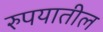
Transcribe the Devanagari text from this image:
रुपयातील